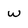
Character: w